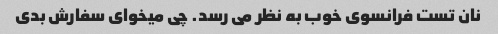
نان تست فرانسوی خوب به نظر می رسد. چی میخوای سفارش بدی